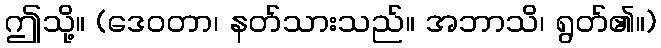
ဤသို့။ (ဒေဝတာ၊ နတ်သားသည်။ အဘာသိ၊ ရွတ်၏။)